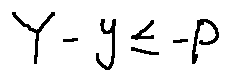
Y - y \leq - P